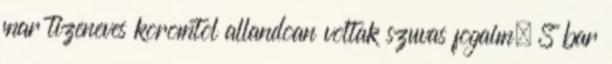
mar tizeneves koromtol allandoan voltak szuvas fogaim. S bar